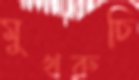
মুখরুচি